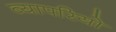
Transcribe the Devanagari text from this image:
व्यापरियो